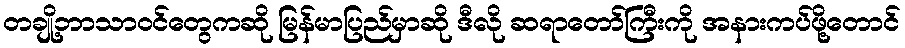
တချို့ဘာသာဝင်တွေကဆို မြန်မာပြည်မှာဆို ဒီလို ဆရာတော်ကြီးကို အနားကပ်ဖို့တောင်